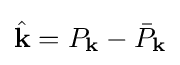
{\hat {\mathbf {k} }}=P_{\mathbf {\mathbf {k} } }-{\bar {P}}_{\mathbf {k} }